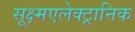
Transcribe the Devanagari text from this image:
सूक्ष्मएलेक्ट्रानिक